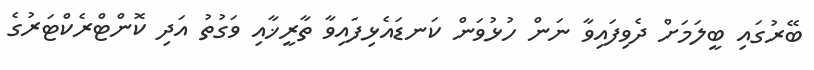
ބޭރުގައި ބީލަމަށް ދެވިފައިވާ ނަން ހުޅުވަން ކަނޑައެޅިފައިވާ ތާރީޚާއި ވަގުތު އަދި ކޮންޓްރެކްޓަރުގެ